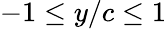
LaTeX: -1\le y/c\le 1